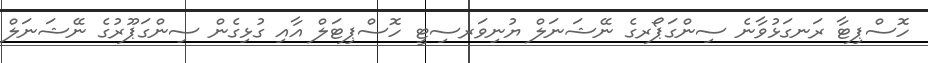
ހޮސްޕިޓާ ރަނގަޅުވާނެ ސިންގަޕޯރގެ ނޭޝަނަލް ޔުނިވަރސިޓީ ހޮސްޕިޓަލް އާއި ގުޅިގެން ސިންގަޕޫރުގެ ނޭޝަނަލް